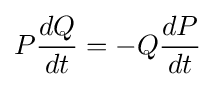
P{\frac {dQ}{dt}}=-Q{\frac {dP}{dt}}